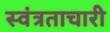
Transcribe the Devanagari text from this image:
स्वंत्रताचारी